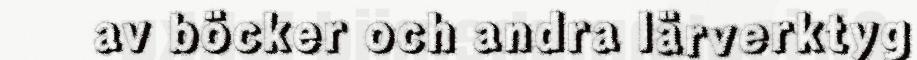
av böcker och andra lärverktyg